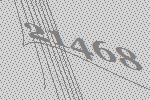
21468